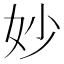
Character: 妙